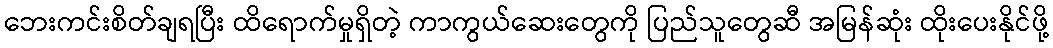
ဘေးကင်းစိတ်ချရပြီး ထိရောက်မှုရှိတဲ့ ကာကွယ်ဆေးတွေကို ပြည်သူတွေဆီ အမြန်ဆုံး ထိုးပေးနိုင်ဖို့